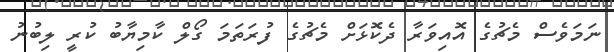
ނަމަވެސް މެޗުގެ އޮއިވަރާ ދެކޮޅަށް މެޗުގެ ފުރަތަމަ ގޯލް ކާމިޔާބު ކުރީ ލިބުނު